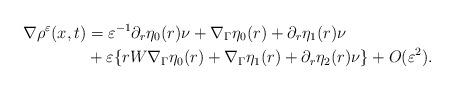
LaTeX: \begin{align*} \nabla\rho^\varepsilon(x,t) &= \varepsilon^{-1}\partial_r\eta_0(r)\nu+\nabla_\Gamma\eta_0(r)+\partial_r\eta_1(r)\nu \\ &+\varepsilon\{rW\nabla_\Gamma\eta_0(r)+\nabla_\Gamma\eta_1(r)+\partial_r\eta_2(r)\nu\}+O(\varepsilon^2).\end{align*}